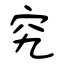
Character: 究